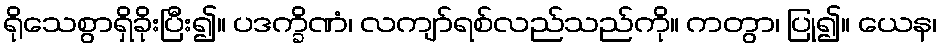
ရိုသေစွာရှိခိုးပြီး၍။ ပဒက္ခိဏံ၊ လကျာ်ရစ်လည်သည်ကို။ ကတွာ၊ ပြု၍။ ယေန၊